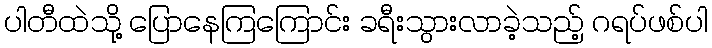
ပါတီထဲသို့ ပြောနေကြကြောင်း ခရီးသွားလာခဲ့သည့် ဂရပ်ဖစ်ပါ